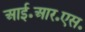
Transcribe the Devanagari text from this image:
आई॰आर॰एस॰